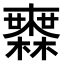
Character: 𣟒